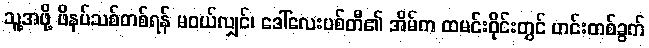
သူ့အဖို့ ဖိနပ်သစ်တစ်ရန် မဝယ်လျှင်၊ ဒေါ်လေးပစ်တီ၏ အိမ်က ထမင်းဝိုင်းတွင် ဟင်းတစ်ခွက်